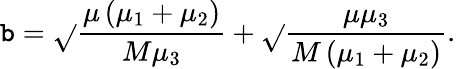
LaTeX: \mathtt{b}=\sqrt{}{{\frac{{\mu\left(\mu_{1}+\mu_{2}\right)}}{{M\mu_{3}}}}}+\sqrt{}{{\frac{{\mu\mu_{3}}}{{M\left(\mu_{1}+\mu_{2}\right)}}}}.